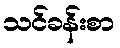
သင်ခန်းစာ